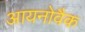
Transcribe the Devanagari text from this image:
आयनोवैक